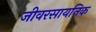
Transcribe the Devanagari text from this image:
जीवरसायनिक